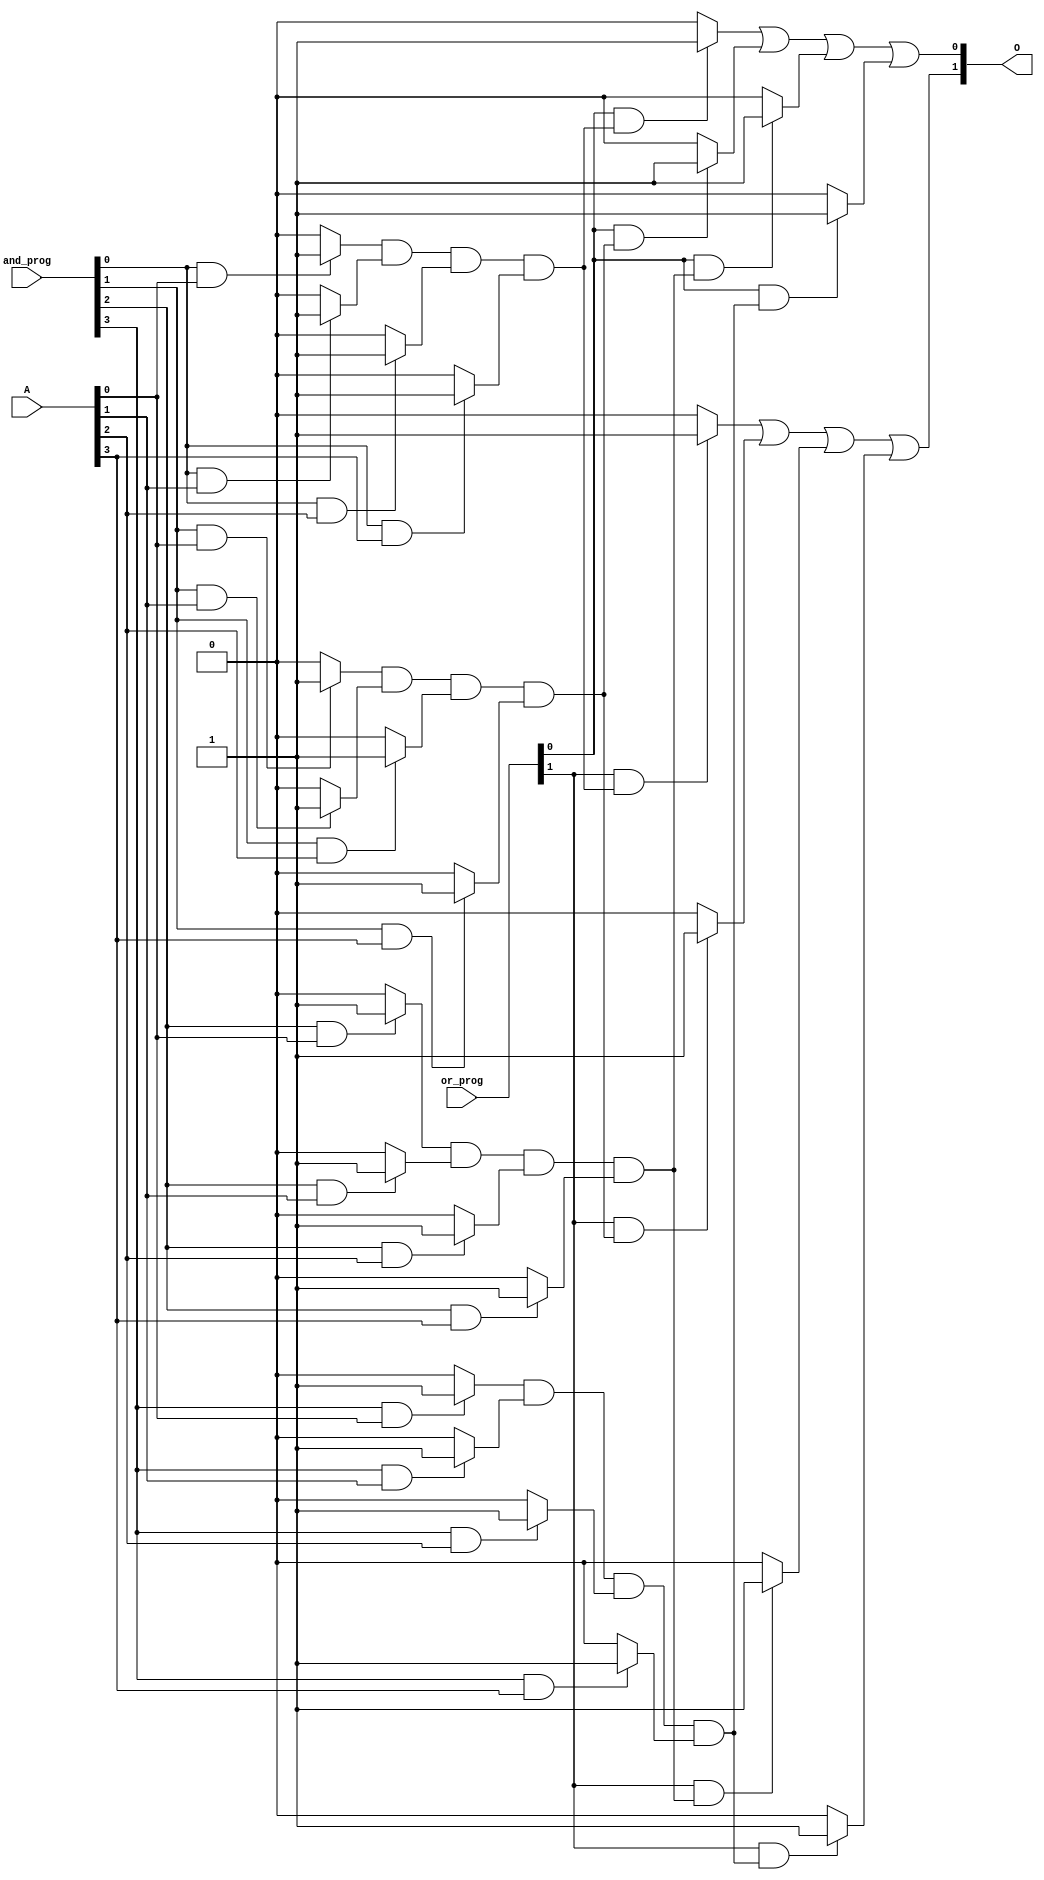
module fuse_based_PLA #(
    parameter NUM_INPUTS = 4,       // Number of inputs (A1, A2, A3, A4)
    parameter NUM_PRODUCT_TERMS = 4, // Number of product terms (PT1, PT2, ...)
    parameter NUM_OUTPUTS = 2        // Number of outputs (O1, O2, ...)
)(
    input  wire [NUM_INPUTS-1:0] A,  // Input signals
    input  wire [NUM_PRODUCT_TERMS-1:0] and_prog, // AND programming fuses (1: connect, 0: disconnect)
    input  wire [NUM_OUTPUTS-1:0] or_prog, // OR programming fuses (1: connect, 0: disconnect)
    output wire [NUM_OUTPUTS-1:0] O   // Output signals
);

// AND Plane
wire [NUM_PRODUCT_TERMS-1:0] product_terms;

// Generate product terms based on programmable AND connections
genvar i, j;
generate
    for(i = 0; i < NUM_PRODUCT_TERMS; i = i + 1) begin : and_plane
        assign product_terms[i] = 
            ((and_prog[i] & A[0]) ? 1'b1 : 1'b0) &
            ((and_prog[i] & A[1]) ? 1'b1 : 1'b0) &
            ((and_prog[i] & A[2]) ? 1'b1 : 1'b0) &
            ((and_prog[i] & A[3]) ? 1'b1 : 1'b0);   // Modify logic as per the programmed connection
    end
endgenerate

// OR Plane
generate
    for(j = 0; j < NUM_OUTPUTS; j = j + 1) begin : or_plane
        assign O[j] = 
            ((or_prog[j] & product_terms[0]) ? 1'b1 : 1'b0) |
            ((or_prog[j] & product_terms[1]) ? 1'b1 : 1'b0) |
            ((or_prog[j] & product_terms[2]) ? 1'b1 : 1'b0) |
            ((or_prog[j] & product_terms[3]) ? 1'b1 : 1'b0);   // Modify logic as per the programmed connection
    end
endgenerate

endmodule